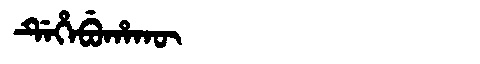
Manchu: ᡩᡝᡥᡝᠪᡠᡥᠠᡴᡡ
Romanization: DEHEBUHAKŪ